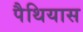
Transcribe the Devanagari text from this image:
पैथियास